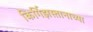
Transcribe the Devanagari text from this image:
किर्गिझस्तानाच्या